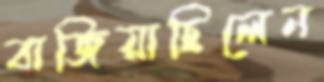
বাজিয়াছিলেন